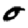
Digit: 0